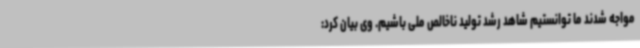
مواجه شدند ما توانستیم شاهد رشد تولید ناخالص ملی باشیم. وی بیان کرد: